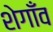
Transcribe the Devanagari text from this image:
शेगाँव